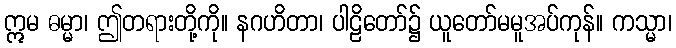
ဣမ ဓမ္မာ၊ ဤတရားတို့ကို။ နဂဟိတာ၊ ပါဠိတော်၌ ယူတော်မမူအပ်ကုန်။ ကသ္မာ၊